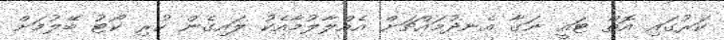
ކަރުގައި އޮތް ޓައީ ނަގާ އެނދުމައްޗަށް އެއްލާލުމާއެކު ލައިގެން ހުރި ކޯޓު ބޭލުމަށް